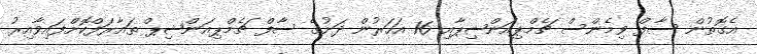
އެގޮތުން ސާފް ވިމެންސް ޗެމްޕިއަންޝިޕާއި 16 އަހަރުން ދަށުގެ ސާފް ޗެމްޕިއަންޝިޕް ތައާރަފްކޮށްފައިވާއިރު